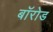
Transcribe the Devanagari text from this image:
बॉरोड